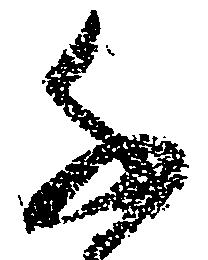
千